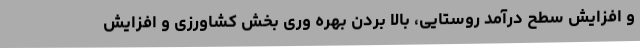
و افزایش سطح درآمد روستایی، بالا بردن بهره وری بخش کشاورزی و افزایش